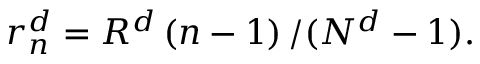
r _ { n } ^ { d } = R ^ { d } \left( n - 1 \right) / ( N ^ { d } - 1 ) .